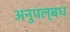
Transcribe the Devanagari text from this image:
अनुपल्बध